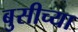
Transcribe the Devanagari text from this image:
बुसीच्या